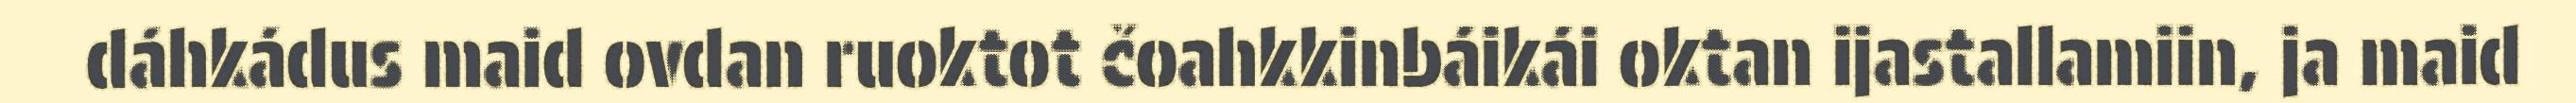
dáhkádus maid ovdan ruoktot čoahkkinbáikái oktan ijastallamiin, ja maid